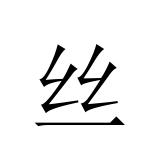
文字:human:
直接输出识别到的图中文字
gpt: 丝